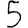
Digit: 5